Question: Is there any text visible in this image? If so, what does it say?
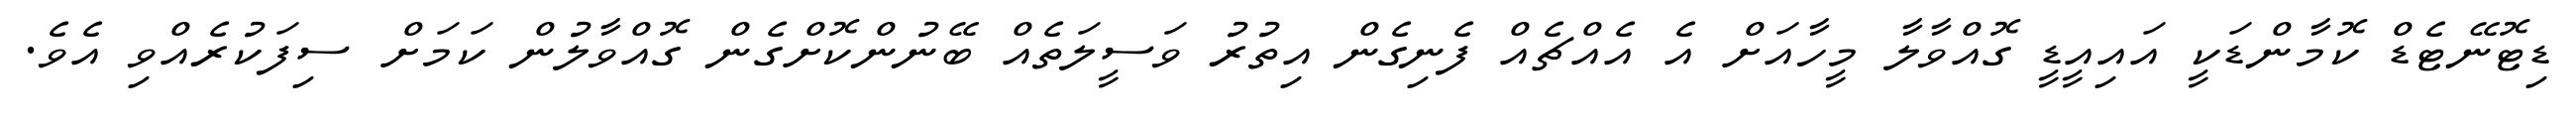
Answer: ޑިޓޮނޭޓެޑް ކޮމާންޑަކީ އައިއީޑީ ގޮއްވާލާ މީހާއަށް އެ އެއްޗެއް ފެނިގެން އިތުރު ވަސީލަތެއް ބޭނުންކޮށްގެން ގޮއްވާލުން ކަމަށް ސިފަކުރެއްވި އެވެ.